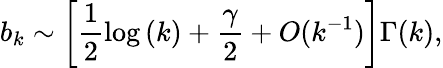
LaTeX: b_{k}\sim\bigg[\frac{1}{2}\log{(k)}+\frac{\gamma}{2}+O(k^{-1})\bigg]\Gamma(k),